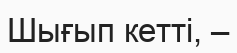
Шығып кеттi, –